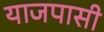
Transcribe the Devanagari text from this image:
याजपासी